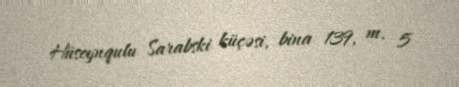
Hüseynqulu Sarabski küçəsi, bina 139, m. 5